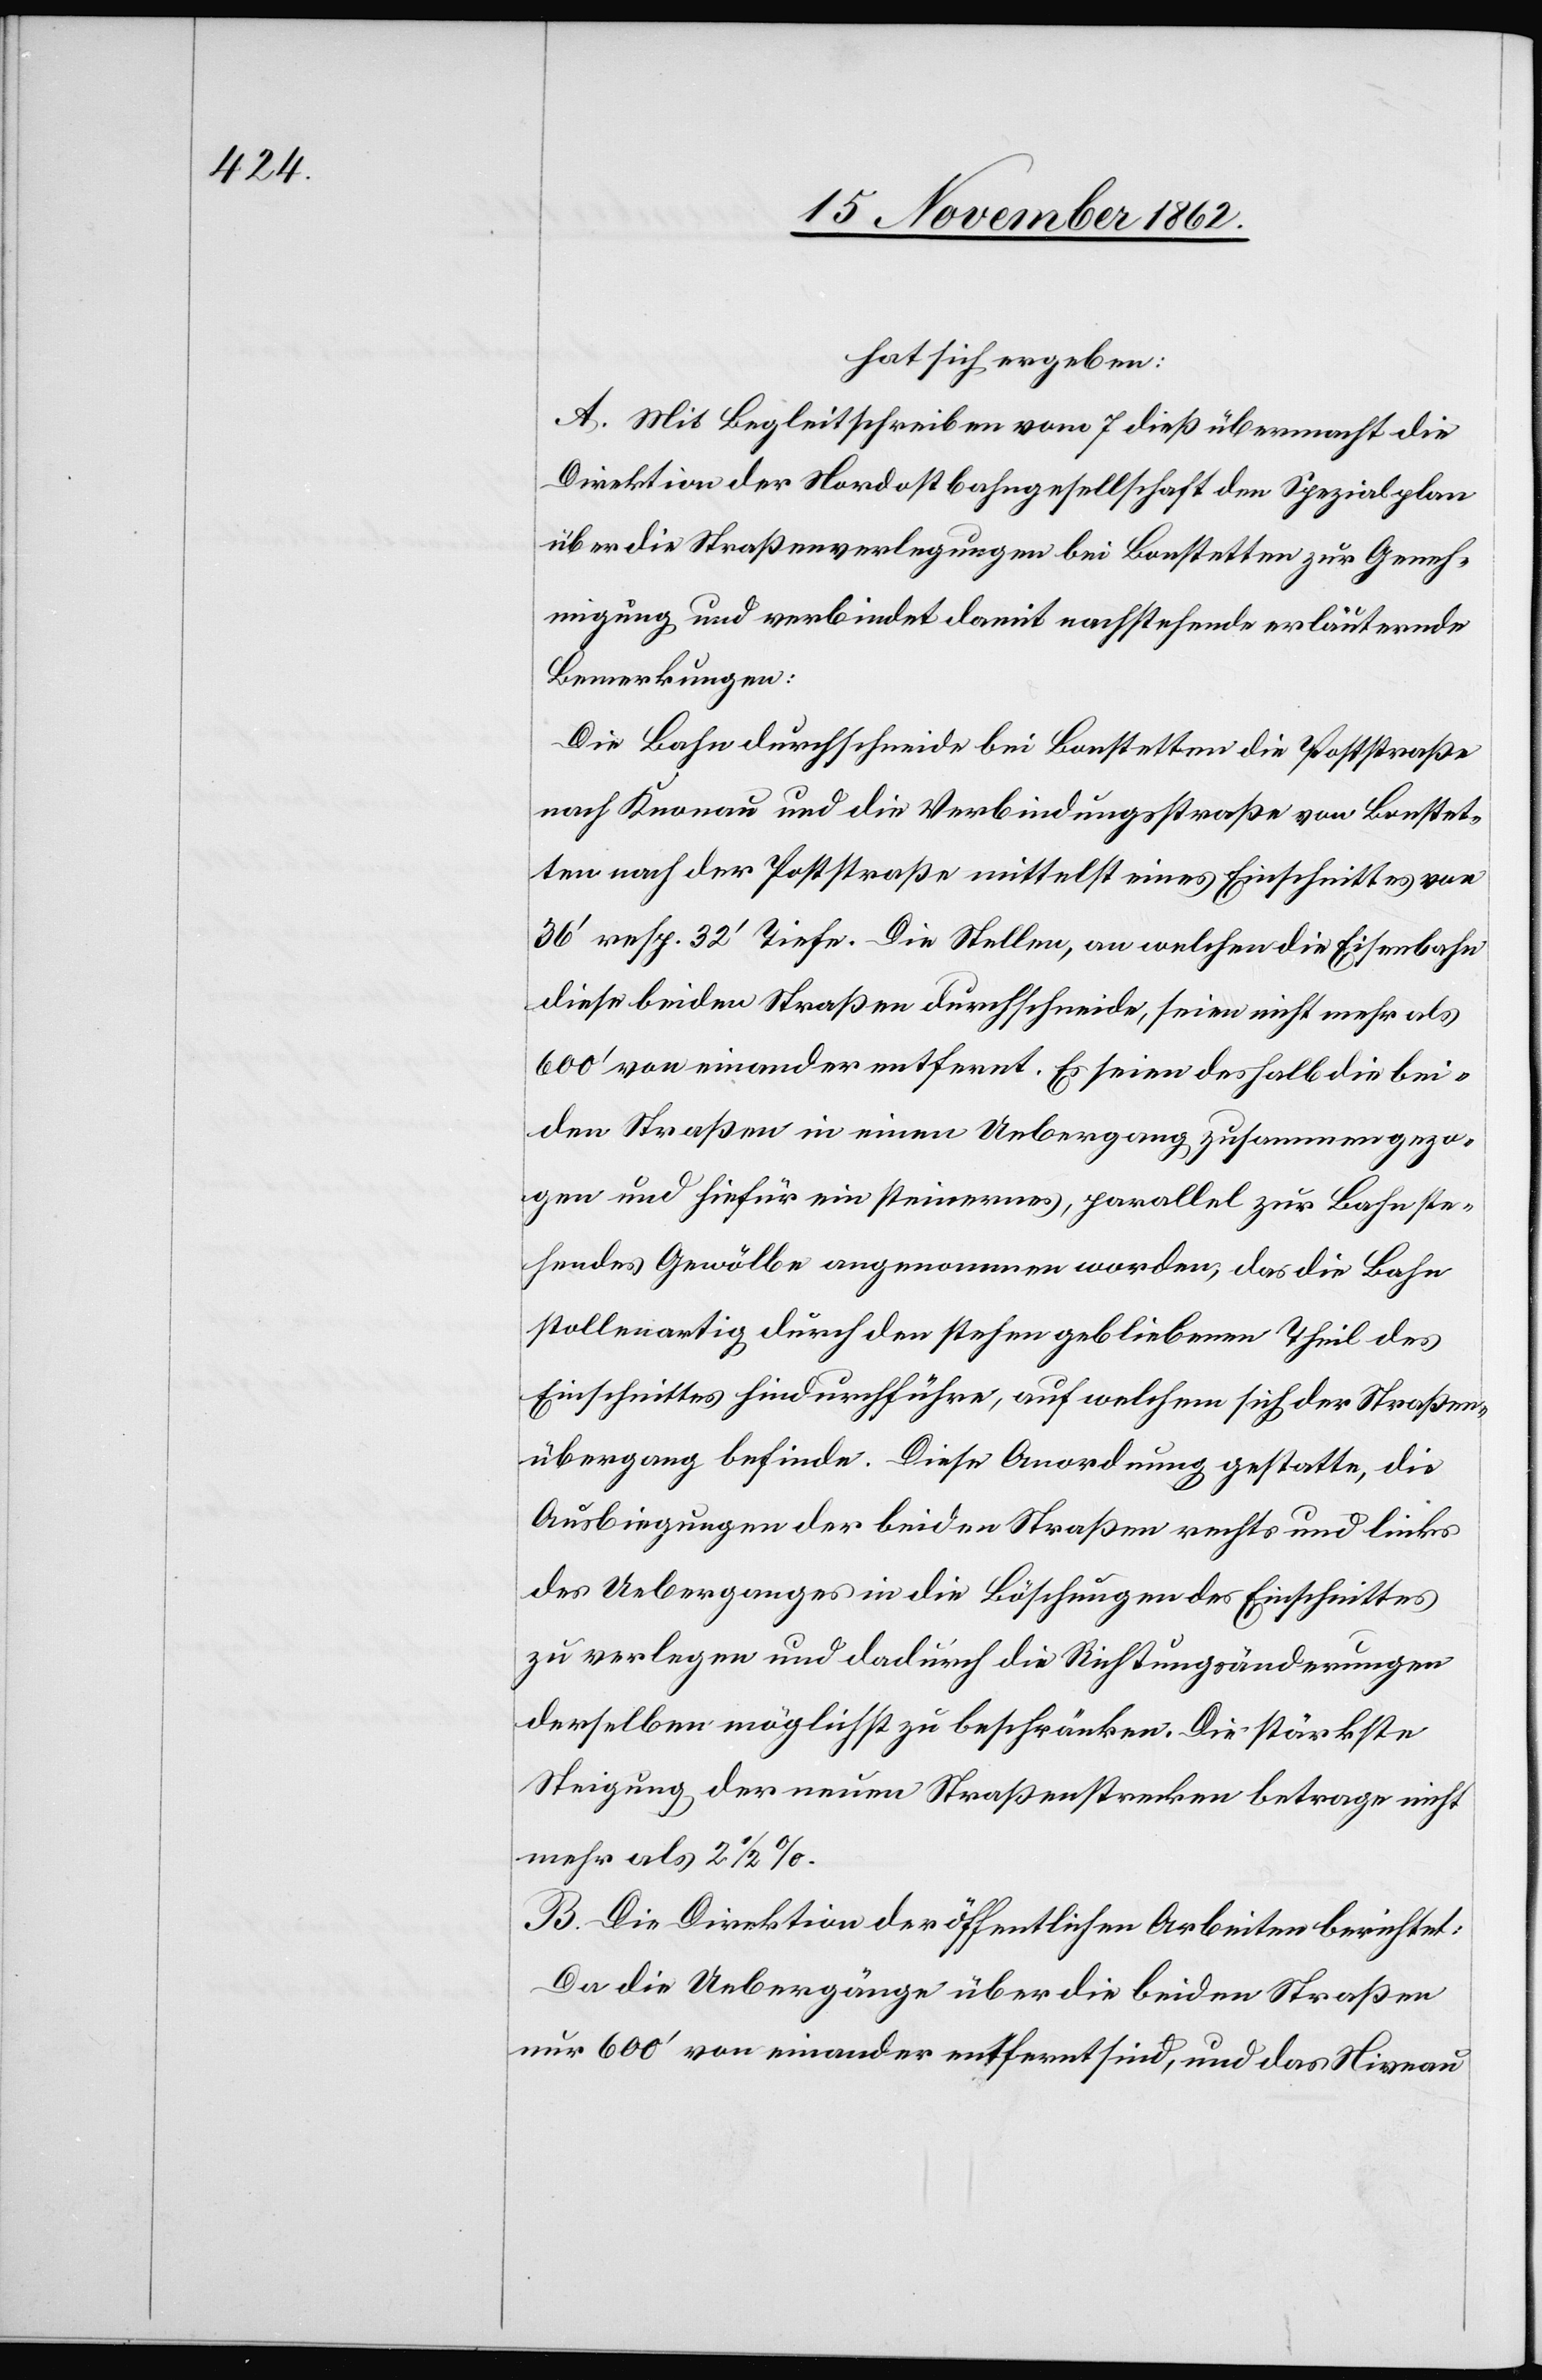
hat sich ergeben:
A. Mit Begleitschreiben vom 7. dieß übermacht die
Direktion der Nordostbahngesellschaft den Spezialplan
über die Straßenverlegungen bei Bonstetten zur Geneh¬
migung und verbindet damit nachstehende erläuternde
Bemerkungen:
Die Bahn durchschneidet bei Bonstetten die Poststraße
nach Knonau und die Verbindungsstraße von Bonstet¬
ten nach der Poststraße mittelst eines Einschnittes von
36’ resp. 32’ Tiefe. Die Stellen, an welchen die Eisenbahn
diese beiden Straßen durchschneide, seien nicht mehr als
600’ von einander entfernt. Es seien deshalb die bei¬
den Straßen in einen Uebergang zusammengezo¬
gen und hiefür ein steinernes, parallel zur Bahn ste¬
hendes Gewölbe angenommen worden, das die Bahn
stollenartig durch den stehen gebliebenen Theil des
Einschnittes hindurchführe, auf welchem sich der Straßen¬
übergang befinde. Diese Anordnung gestatte, die
Ausbietungen der beiden Straßen rechts und links
des Ueberganges in die Böschungen des Einschnittes
zu verlegen und dadurch die Richtungsänderungen
derselben möglichst zu beschränken. Die stärkste
Steigung der neuen Straßenstrecken betrage nicht
mehr als 2 1/2%.
B. Die Direktion der öffentlichen Arbeiten berichtet:
Da die Uebergänge über die beiden Straßen
nur 600’ von einander entfernt sind, und das Niveau